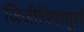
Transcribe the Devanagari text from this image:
जिजीविषापूर्ण